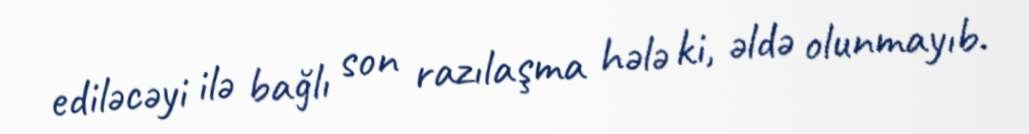
ediləcəyi ilə bağlı son razılaşma hələ ki, əldə olunmayıb.